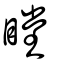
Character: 瞠